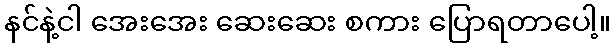
နင်နဲ့ငါ အေးအေး ဆေးဆေး စကား ပြောရတာပေါ့။